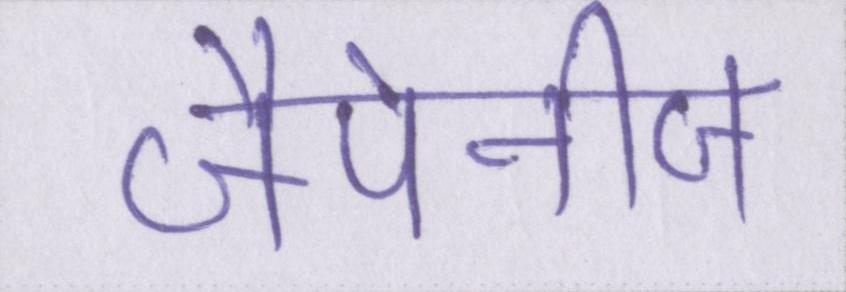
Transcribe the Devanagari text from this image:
जैपेनीज